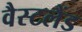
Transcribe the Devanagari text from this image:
वैस्टलैंड